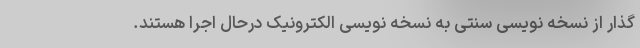
گذار از نسخه نویسی سنتی به نسخه نویسی الکترونیک درحال اجرا هستند.